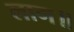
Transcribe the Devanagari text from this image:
लाग॥